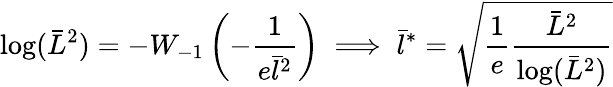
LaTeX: \log(\bar{L}^{2})=-W_{-1}\left(-\frac{1}{e\bar{l}^{2}}\right)\implies\bar{l}^{*}=\sqrt{\frac{1}{e}\frac{\bar{L}^{2}}{\log(\bar{L}^{2})}}